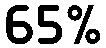
65%